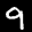
Digit: 9